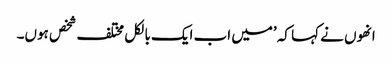
انھوں نے کہا کہ ’میں اب ایک بالکل مختلف شخص ہوں۔